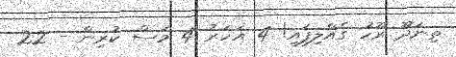
ތިނަދޫ ރޫހު ގެއްލިފައި! 4 އަހަރު 4 މަސް ކުރިން - 22